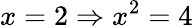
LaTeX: x=2\Rightarrow x^{2}=4